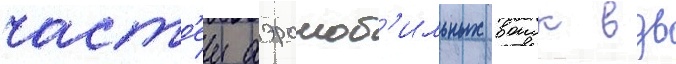
част'еи аэромоб'ильных воиск вдв